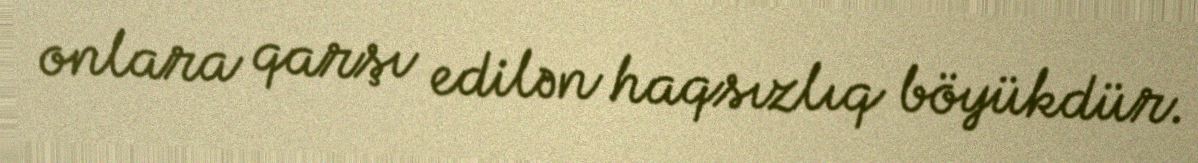
onlara qarşı edilən haqsızlıq böyükdür.